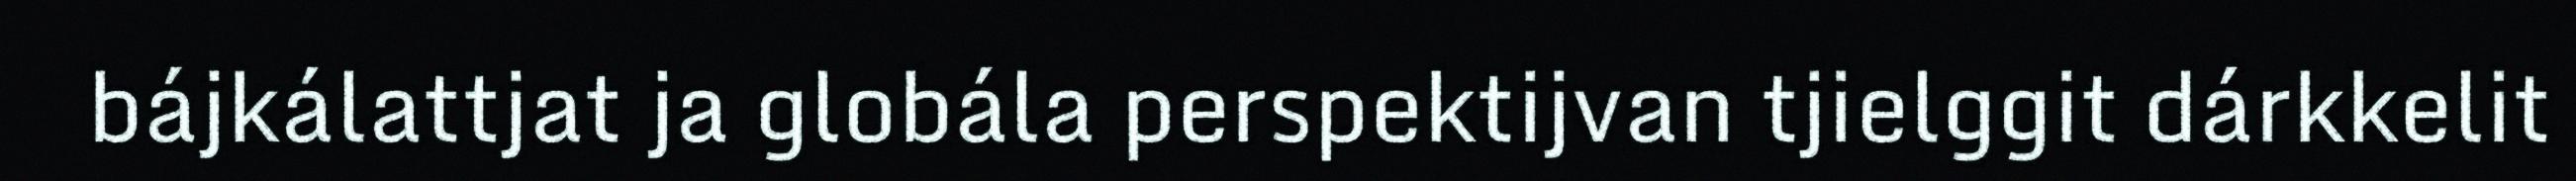
bájkálattjat ja globála perspektijvan tjielggit dárkkelit